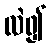
လဲ၍